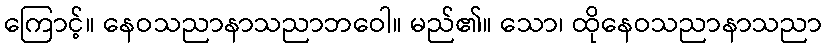
ကြောင့်။ နေဝသညာနာသညာဘဝေါ။ မည်၏။ သော၊ ထိုနေဝသညာနာသညာ